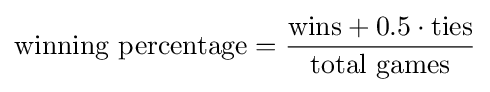
{\text{winning percentage}}={{\text{wins}}+0.5\cdot {\text{ties}} \over {\text{total games}}}